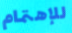
للإهتمام